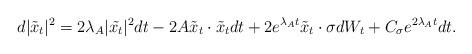
LaTeX: \begin{align*} d|\tilde{x}_t|^2 = 2\lambda_A |\tilde{x_t}|^2 dt - 2 A\tilde{x}_t \cdot \tilde{x}_t dt + 2 e^{\lambda_A t} \tilde{x}_t \cdot \sigma dW_t + C_\sigma e^{2\lambda_A t} dt.\end{align*}